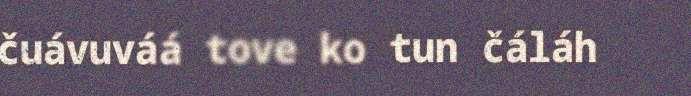
čuávuváá tove ko tun čáláh